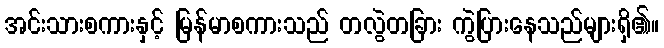
အင်းသားစကားနှင့် မြန်မာစကားသည် တလွဲတခြား ကွဲပြားနေသည်များရှိ၏။